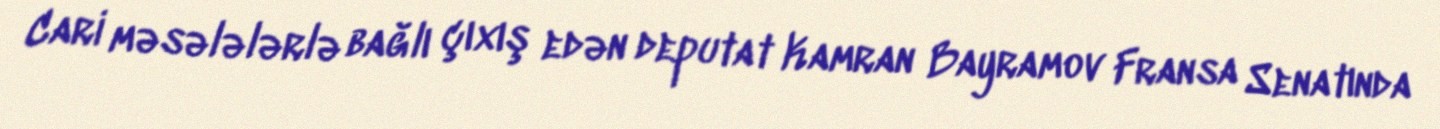
Cari məsələlərlə bağlı çıxış edən deputat Kamran Bayramov Fransa Senatında